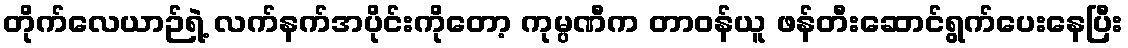
တိုက်လေယာဉ်ရဲ့ လက်နက်အပိုင်းကိုတော့ ကုမ္ပဏီက တာဝန်ယူ ဖန်တီးဆောင်ရွက်ပေးနေပြီး